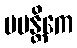
မမန္တိကေ